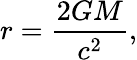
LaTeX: r={\frac{2GM}{c^{2}}},